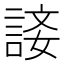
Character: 𧨐